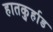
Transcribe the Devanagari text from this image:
हातकु्र्हाड